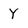
Character: Y